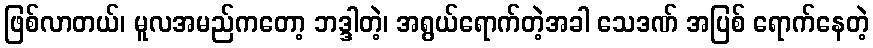
ဖြစ်လာတယ်၊ မူလအမည်ကတော့ ဘဒ္ဒါတဲ့၊ အရွယ်ရောက်တဲ့အခါ သေဒဏ် အပြစ် ရောက်နေတဲ့